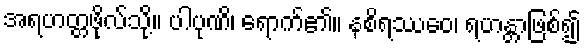
အရဟတ္တဖိုလ်သို့။ ပါပုဏိ၊ ရောက်၏။ နစိရဿေဝ၊ ရဟန္တာဖြစ်၍